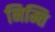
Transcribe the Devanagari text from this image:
निम्ति